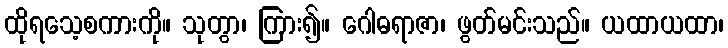
ထိုရသေ့စကားကို။ သုတွာ၊ ကြား၍။ ဂေါဓရာဇာ၊ ဖွတ်မင်းသည်။ ယထာယထာ၊